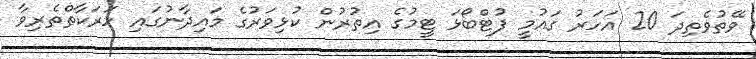
ވޭތުވެތިދަ 20 އަހަރު ގައުމީ ފުޓްބޯޅަ ޓީމުގެ އިތުރުން ކުޅިވަރުގެ މައިދާނުގައި ހަރަކާތްތެރިވާ